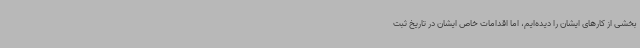
بخشی از کارهای ایشان را دیده‌ایم، اما اقدامات خاص ایشان در تاریخ ثبت